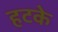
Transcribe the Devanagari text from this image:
हटके